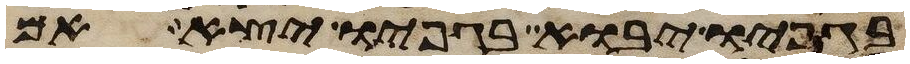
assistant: בגפיו יבוא בגפיו יצא אם